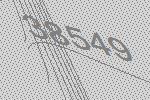
38549